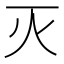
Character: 灭